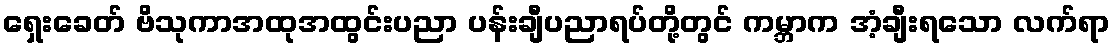
ရှေးခေတ် ဗိသုကာအထုအထွင်းပညာ ပန်းချီပညာရပ်တို့တွင် ကမ္ဘာက အံ့ချီးရသော လက်ရာ